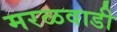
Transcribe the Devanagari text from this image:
मरळवाडी